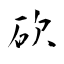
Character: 砍